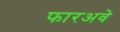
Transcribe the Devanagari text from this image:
फारअवे